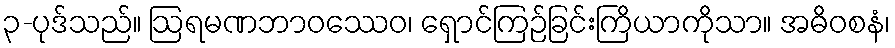
၃-ပုဒ်သည်။ ဩရမဏဘာဝဿေဝ၊ ရှောင်ကြဉ်ခြင်းကြိယာကိုသာ။ အဓိဝစနံ၊